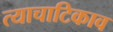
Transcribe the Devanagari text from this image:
त्याचाटिकाव